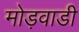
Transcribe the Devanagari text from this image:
मोड़वाडी